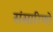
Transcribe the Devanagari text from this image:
संसारिणो